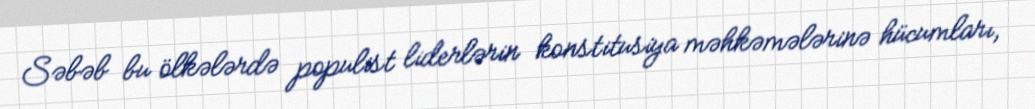
Səbəb bu ölkələrdə populist liderlərin konstitusiya məhkəmələrinə hücumları,